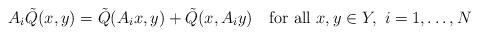
LaTeX: \begin{align*}A_i\tilde Q(x,y)=\tilde Q(A_ix,y)+\tilde Q(x,A_iy)\quad\mbox{for all }x,y\in Y,\ i=1,\ldots,N\end{align*}